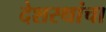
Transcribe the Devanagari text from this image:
देशस्थांचा